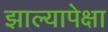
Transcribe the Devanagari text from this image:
झाल्यापेक्षा